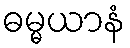
ဓမ္မယာနံ